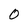
Character: 0